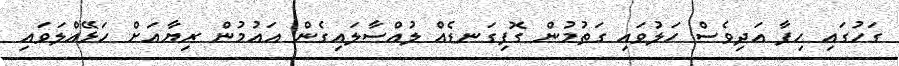
ގަހުގައި ހިފާ އަދިވެސް ހަލުވައި ގަތުމުން ގޮފިގަނޑެއް ލުއްސާލައިގެން އައުމުން ރިޔާއަށް ހަޅޭއްލަވައި